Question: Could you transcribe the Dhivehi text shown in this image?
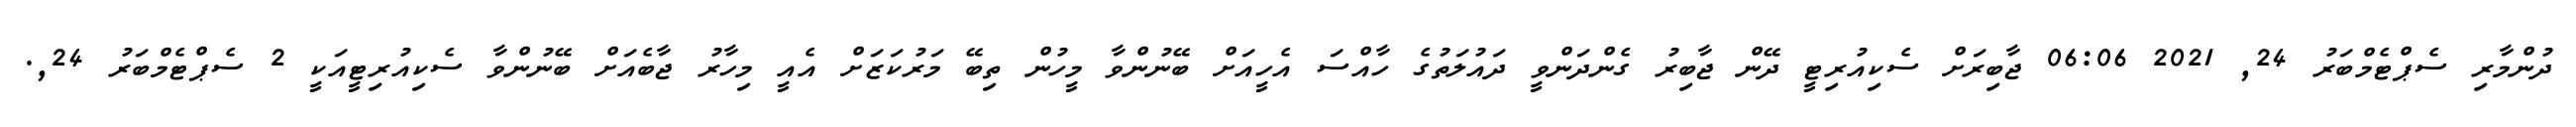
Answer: ދުންމާރި ސެޕްޓެމްބަރު 24, 2021 06:06 ޖާބިރަށް ސެކިއުރިޓީ ދޭން ޖާބިރު ގެންދަންވީ ދައުލަތުގެ ހާއްސަ އެހީއަށް ބޭނުންވާ މީހުން ތިބޭ މަރުކަޒަށް އެއީ މިހާރު ޖާބެއަށް ބޭނުންވާ ސެކިއުރިޓީއަކީ 2 ސެޕްޓެމްބަރު 24,.